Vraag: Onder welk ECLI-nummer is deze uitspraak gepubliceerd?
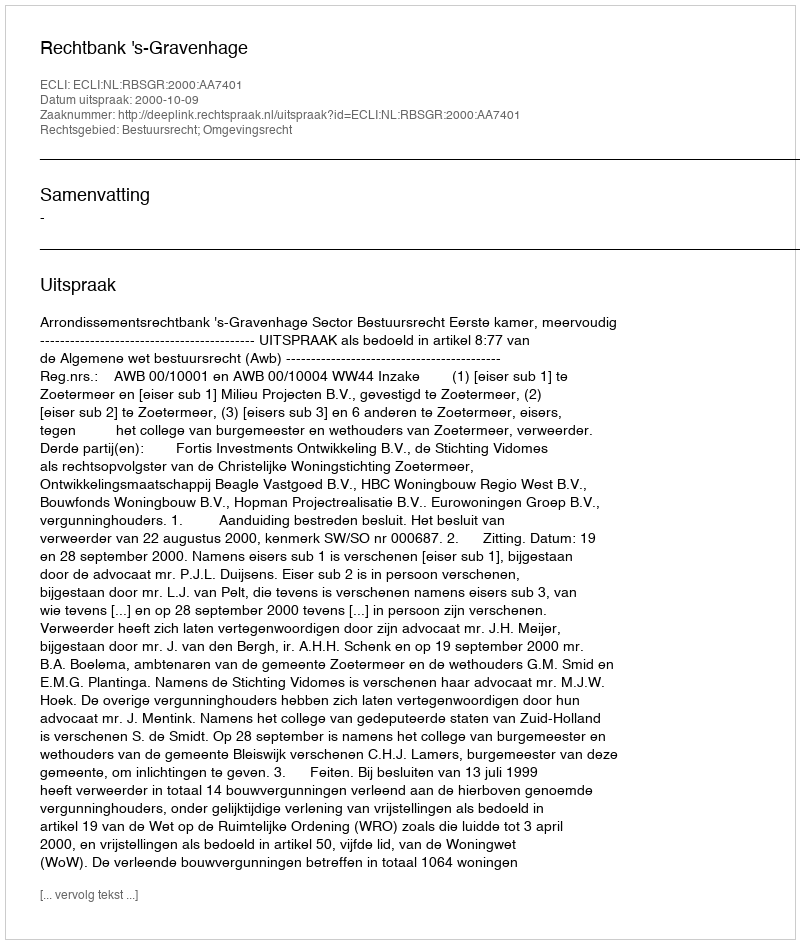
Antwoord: ECLI:NL:RBSGR:2000:AA7401